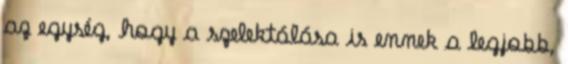
az egység, hogy a szelektálása is ennek a legjobb,